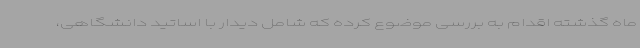
ماه گذشته اقدام به بررسی موضوع کرده که شامل دیدار با اساتید دانشگاهی،